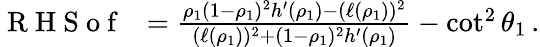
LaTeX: \begin{array}{r}{\mathrm{~R~H~S~o~f~~~}=\frac{\rho_{1}(1-\rho_{1})^{2}h^{\prime}(\rho_{1})-(\ell(\rho_{1}))^{2}}{(\ell(\rho_{1}))^{2}+(1-\rho_{1})^{2}h^{\prime}(\rho_{1})}-\cot^{2}{\theta_{1}}\, .}\end{array}